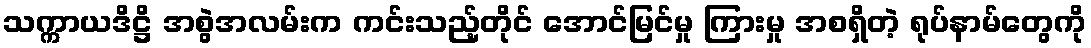
သက္ကာယဒိဋ္ဌိ အစွဲအလမ်းက ကင်းသည့်တိုင် အောင်မြင်မှု ကြားမှု အစရှိတဲ့ ရုပ်နာမ်တွေကို